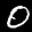
Label: 0